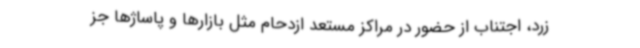
زرد، اجتناب از حضور در مراکز مستعد ازدحام مثل بازارها و پاساژها جز